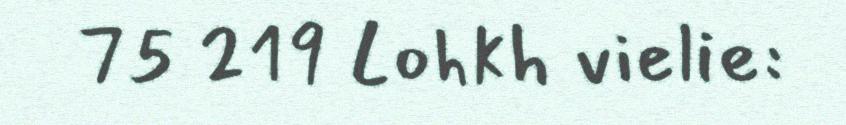
75 219 Lohkh vielie: